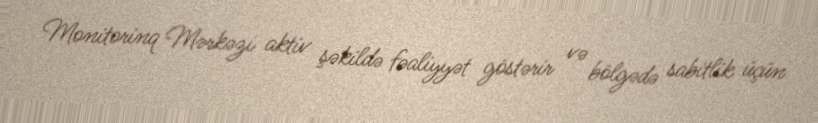
Monitorinq Mərkəzi aktiv şəkildə fəaliyyət göstərir və bölgədə sabitlik üçün